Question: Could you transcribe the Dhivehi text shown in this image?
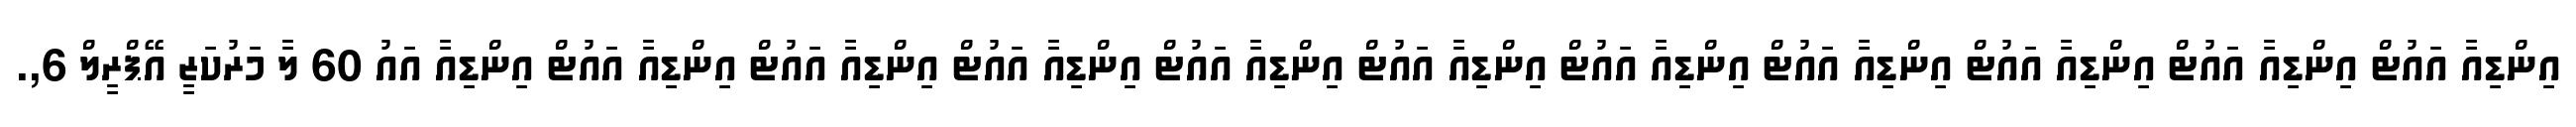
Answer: އިންޑިއާ އައުޓް އިންޑިއާ އައުޓް އިންޑިއާ އައުޓް އިންޑިއާ އައުޓް އިންޑިއާ އައުޓް އިންޑިއާ އައުޓް އިންޑިއާ އައުޓް އިންޑިއާ އައުޓް އިންޑިއާ އައުޓް އިންޑިއާ އައުޓް އިންޑިއާ އައު 60 ލާ މަރުކަޒީ އޭޕްރީލް 6,.